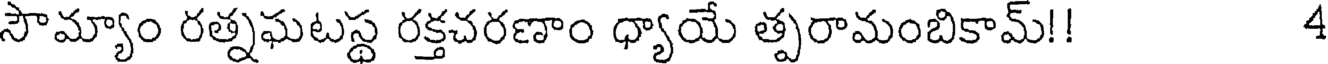
సౌమ్యాం రత్నఘటస్థ రక్తచరణాం ధ్యాయే త్పరామంబికామ్!! 4